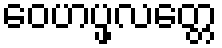
ဝေဟပ္ဖလတ္တေ